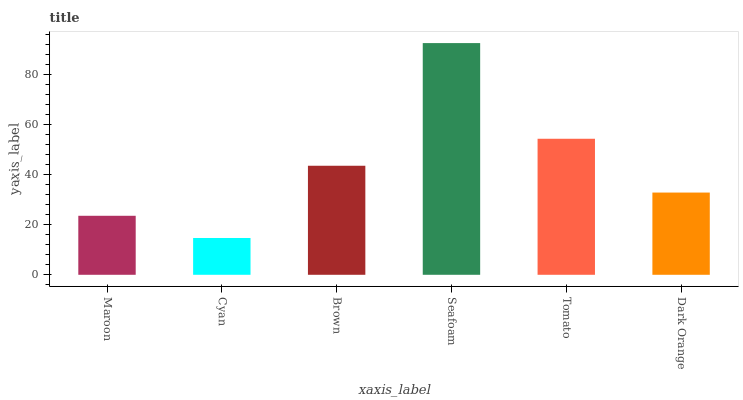
| xaxis_label | bars |
 | --- | --- |
 | Maroon | 23.6 |
 | Cyan | 14.7 |
 | Brown | 43.6 |
 | Seafoam | 92.6 |
 | Tomato | 54.3 |
 | Dark Orange | 32.9 |